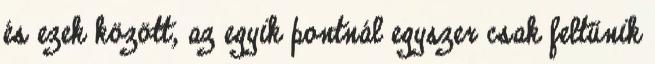
és ezek között, az egyik pontnál egyszer csak feltűnik